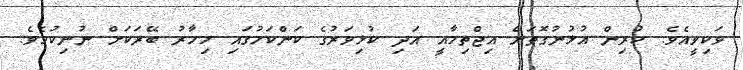
ވަކިވީއެވެ. ކުރިން އުޅުނުގޮތަށް އިޖްތިމާއީ އަދި ކުޅިވަރުގެ ކަންކަމުގައި މިހާރު ބޭރަކަށް ނުނިކުމެވެ.